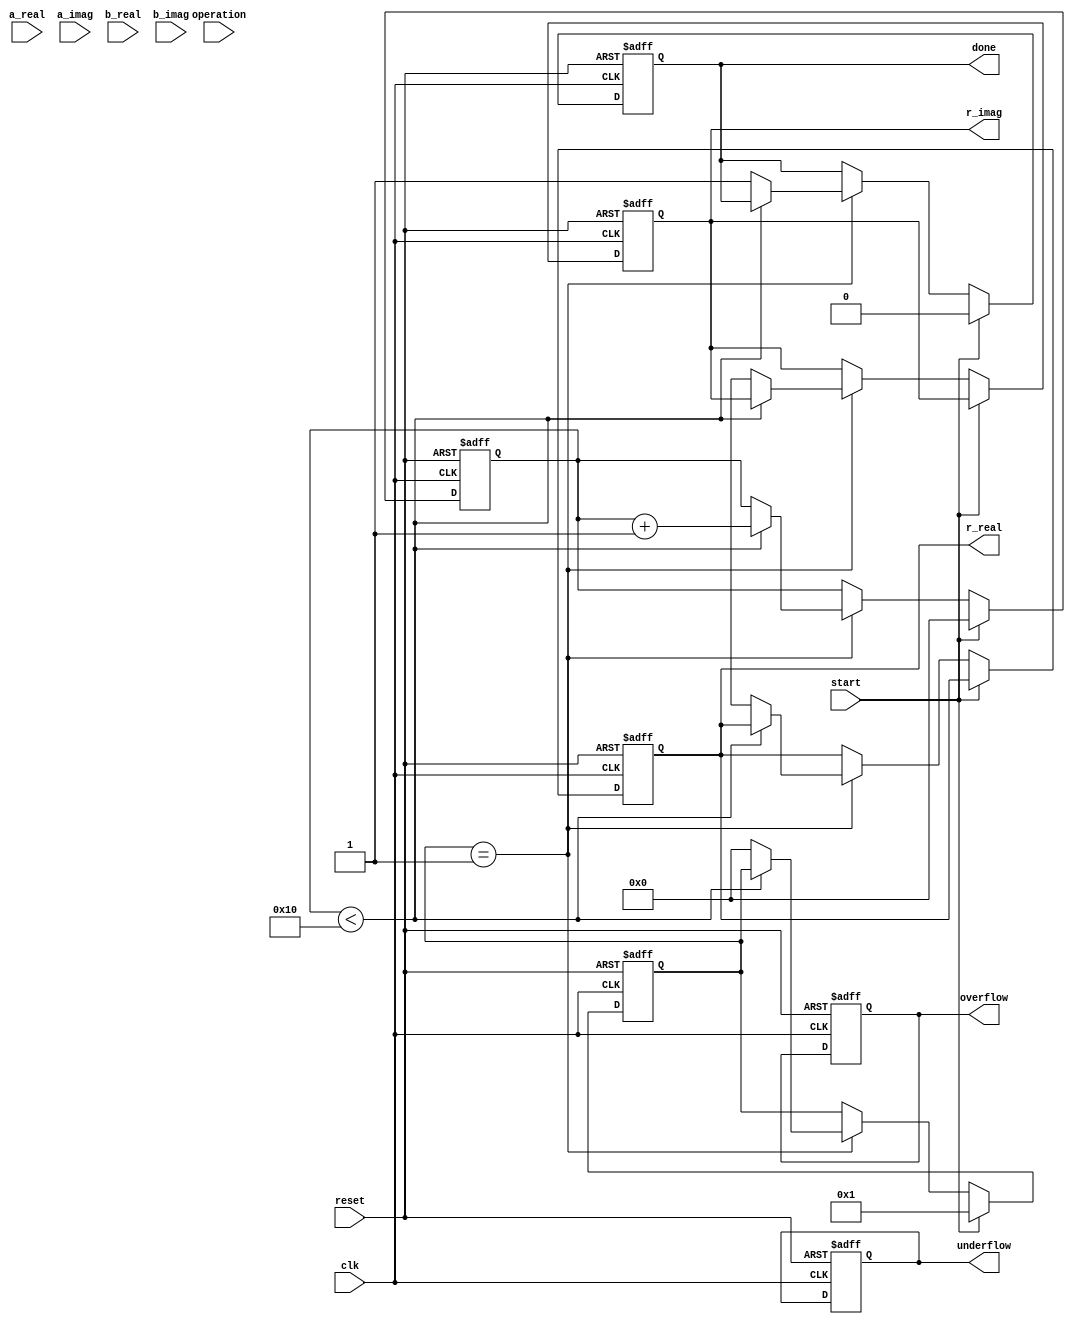
module complex_cordic (
    input clk,
    input reset,
    input start,
    input [15:0] a_real,
    input [15:0] a_imag,
    input [15:0] b_real,
    input [15:0] b_imag,
    input [1:0] operation, // 00: Rotation, 01: Vectoring, 10: Multiplication, 11: Division
    output reg [15:0] r_real,
    output reg [15:0] r_imag,
    output reg done,
    output reg overflow,
    output reg underflow
);

    // CORDIC parameters
    parameter NUM_ITERATIONS = 16;
    reg [15:0] x[0:NUM_ITERATIONS-1]; // Real parts
    reg [15:0] y[0:NUM_ITERATIONS-1]; // Imaginary parts
    reg [15:0] z[0:NUM_ITERATIONS-1]; // Angle values
    reg [15:0] angle_table[0:NUM_ITERATIONS-1]; // Pre-computed arctangent values

    // Control signals
    reg [3:0] state;
    reg [3:0] count;

    // Initialize angle table
    initial begin
        angle_table[0] = 16'h3FFF; // atan(2^-0)
        angle_table[1] = 16'h3FB8; // atan(2^-1)
        angle_table[2] = 16'h3F6D; // atan(2^-2)
        angle_table[3] = 16'h3F23; // atan(2^-3)
        angle_table[4] = 16'h3EFA; // atan(2^-4)
        angle_table[5] = 16'h3E7D; // atan(2^-5)
        angle_table[6] = 16'h3E1A; // atan(2^-6)
        angle_table[7] = 16'h3D9A; // atan(2^-7)
        angle_table[8] = 16'h3D48; // atan(2^-8)
        angle_table[9] = 16'h3CEB; // atan(2^-9)
        angle_table[10] = 16'h3C7A; // atan(2^-10)
        angle_table[11] = 16'h3C1C; // atan(2^-11)
        angle_table[12] = 16'h3B8B; // atan(2^-12)
        angle_table[13] = 16'h3B2D; // atan(2^-13)
        angle_table[14] = 16'h3A9D; // atan(2^-14)
        angle_table[15] = 16'h3A17; // atan(2^-15)
    end

    // State machine for CORDIC operation
    always @(posedge clk or posedge reset) begin
        if (reset) begin
            state <= 0;
            done <= 0;
            count <= 0;
            r_real <= 0;
            r_imag <= 0;
            overflow <= 0;
            underflow <= 0;
        end else if (start) begin
            // Initialize values
            x[0] <= a_real;
            y[0] <= a_imag;
            z[0] <= (operation == 2'b00) ? b_imag : 0; // For rotation
            count <= 0;
            state <= 1;
            done <= 0;
        end else if (state == 1) begin
            if (count < NUM_ITERATIONS) begin
                // CORDIC Iteration
                if (z[count] < 0) begin
                    // Rotate Counterclockwise
                    x[count + 1] <= x[count] + (y[count] >>> count);
                    y[count + 1] <= y[count] - (x[count] >>> count);
                    z[count + 1] <= z[count] + angle_table[count];
                end else begin
                    // Rotate Clockwise
                    x[count + 1] <= x[count] - (y[count] >>> count);
                    y[count + 1] <= y[count] + (x[count] >>> count);
                    z[count + 1] <= z[count] - angle_table[count];
                end
                count <= count + 1;
            end else begin
                // Final output assignment
                r_real <= x[NUM_ITERATIONS];
                r_imag <= y[NUM_ITERATIONS];
                done <= 1;
                state <= 0;
            end
        end
    end

endmodule